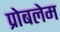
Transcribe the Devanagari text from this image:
प्रोबलेम